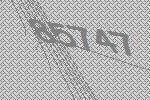
85747